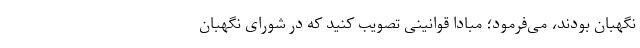
نگهبان بودند، می‌فرمود؛ مبادا قوانینی تصویب کنید که در شورای نگهبان